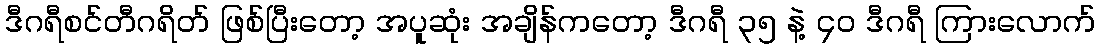
ဒီဂရီစင်တီဂရိတ် ဖြစ်ပြီးတော့ အပူဆုံး အချိန်ကတော့ ဒီဂရီ ၃၅ နဲ့ ၄၀ ဒီဂရီ ကြားလောက်